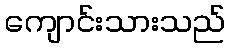
ကျောင်းသားသည်